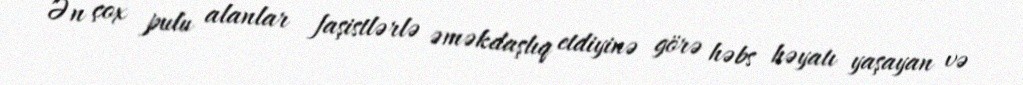
Ən çox pulu alanlar faşistlərlə əməkdaşlıq etdiyinə görə həbs həyatı yaşayan və